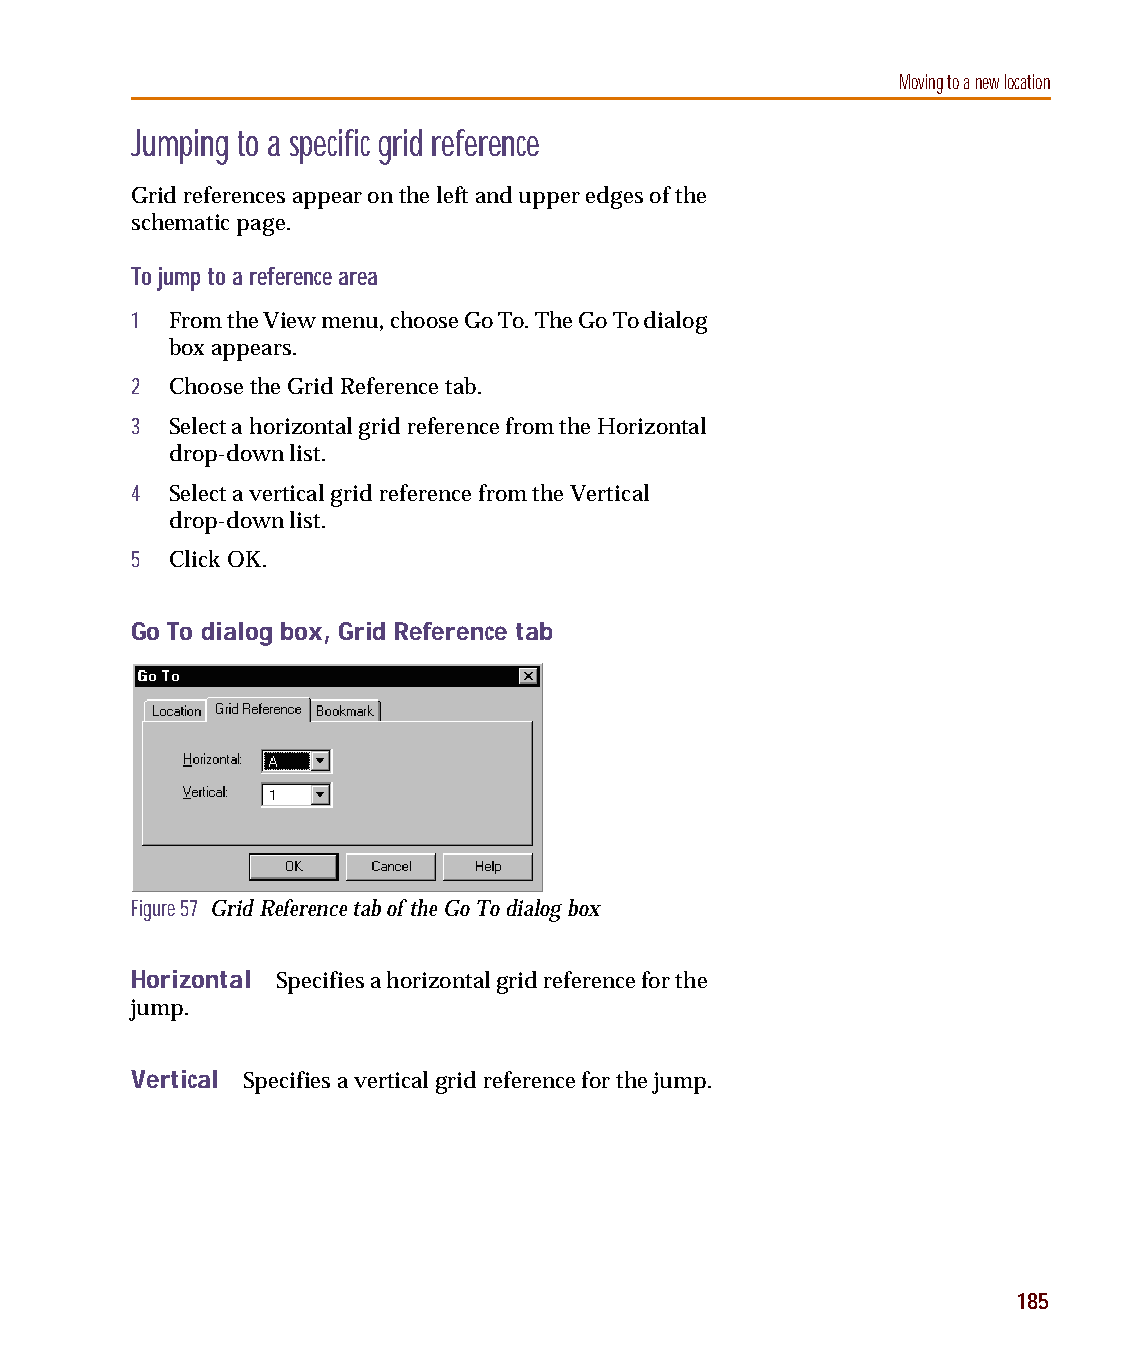
capug.book Page 185 Thursday, November 12, 1998 3:38 PM
 Moving to a new location
 Jumping to a specific grid reference
 Grid references appear on the left and upper edges of the
 schematic page.
 To jump to a reference area
 1 From the View menu, choose Go To. The Go To dialog
 box appears.
 2 Choose the Grid Reference tab.
 3 Select a horizontal grid reference from the Horizontal
 drop-down list.
 4 Select a vertical grid reference from the Vertical
 drop-down list.
 5 Click OK.
 Go To dialog box, Grid Reference tab
 Figure 57 Grid Reference tab of the Go To dialog box
 Horizontal Specifies a horizontal grid reference for the
 jump.
 Vertical Specifies a vertical grid reference for the jump.
 185